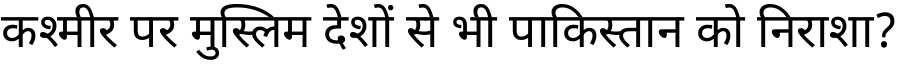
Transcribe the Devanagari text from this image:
कश्मीर पर मुस्लिम देशों से भी पाकिस्तान को निराशा?